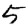
Digit: 5